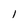
Character: 1